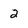
Character: 2